Trukikaitis_Postimees, lk 110
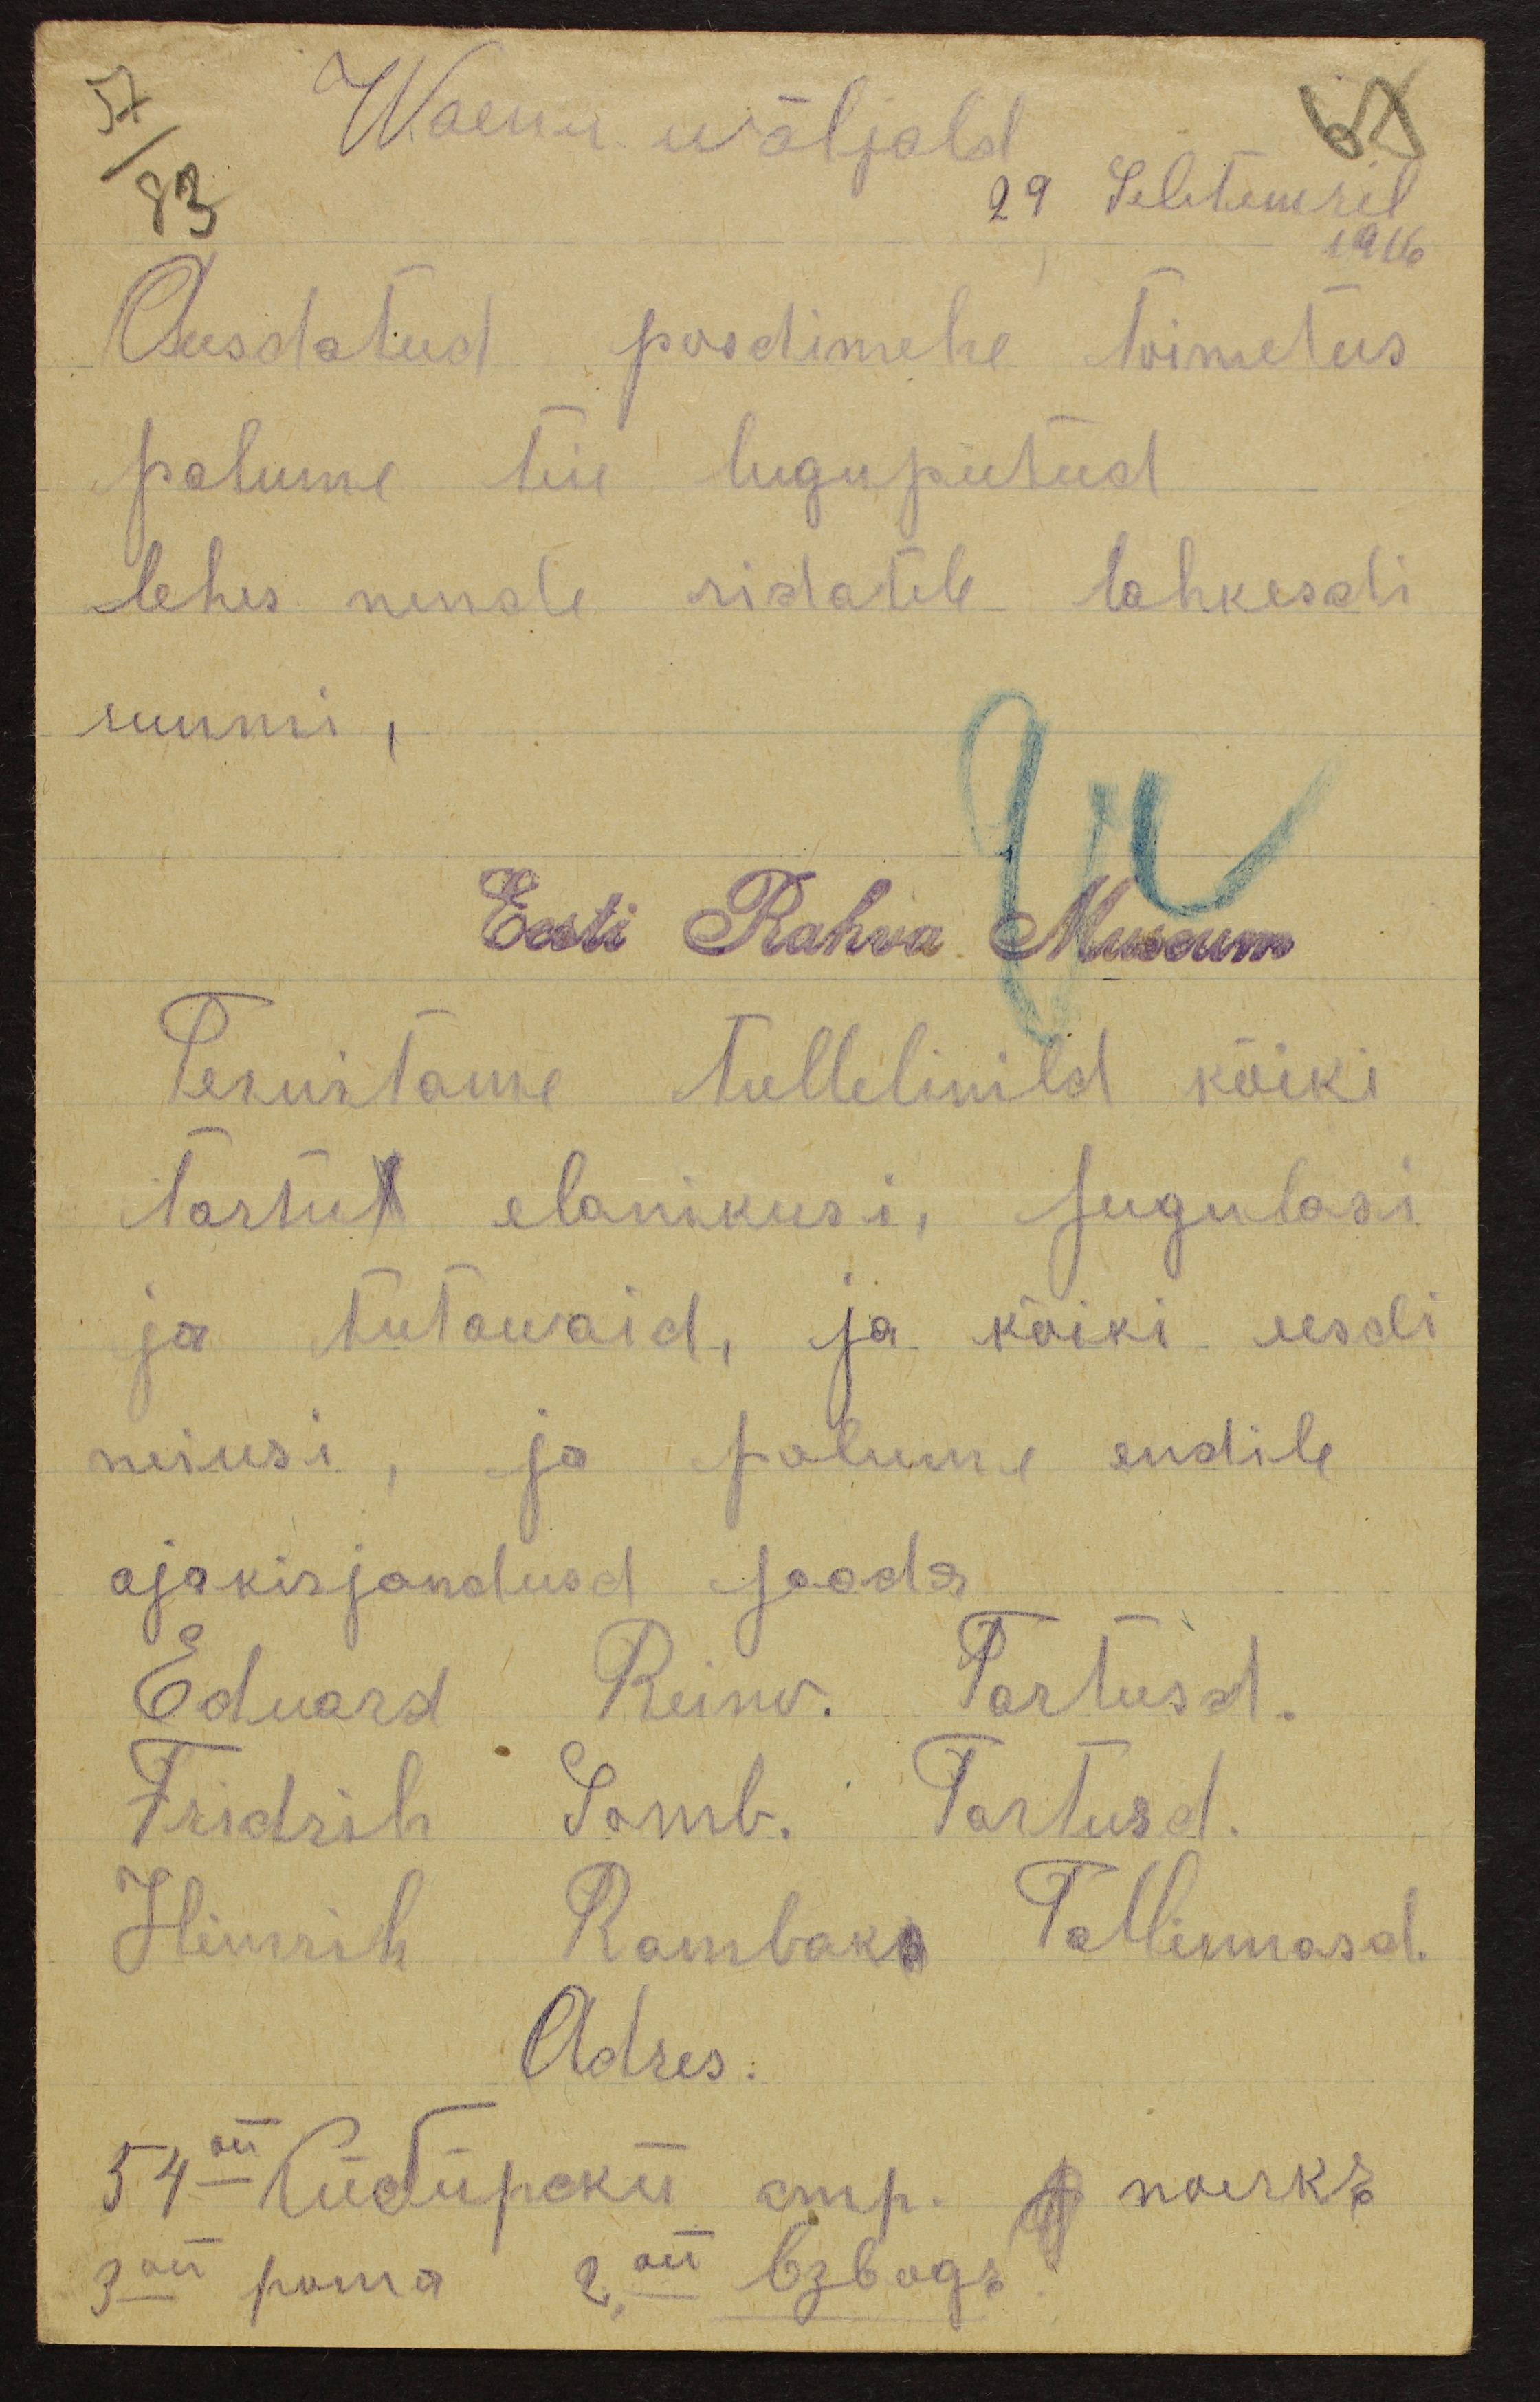
57
Waenu wäljald
67
83
29 Sebtemril
1916
Ausdatud posdimehe toimetus
palume teie lugupeetud
lehes nende ridatele lahkesdi
ruumi
Eesti Rahva Museum
Tervitame tullelinild kõiki
tartu elanikusi, sugulasi
ja tutawaid, ja kõiki eesdi
neiusi, ja palume endile
ajakirjandusd saada.
Eduard Reinv. Tartusd.
Fridrih Samb. Tartusd.
Hinrih Rambak Tallinnasd.
Adres.